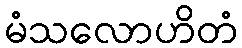
မံသလောဟိတံ